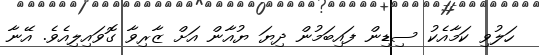
ހަލުވި ކަމާއެކު ސިޑިން ފައިބަމުން ދިޔަ ޔުއާން އަށް ޒާރިވާ ގޮވައިލިއެވެ. އޭނާ